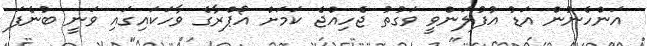
އަންހެނުން އަޑު އުފުލަންވީ ވަގުތު ޖެހިއްޖެ ކަމަށް އޯޕްރާގެ ވާހަކައިގައި ވަނީ ބުނެފަ